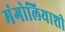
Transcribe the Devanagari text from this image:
मंगोलियाशी